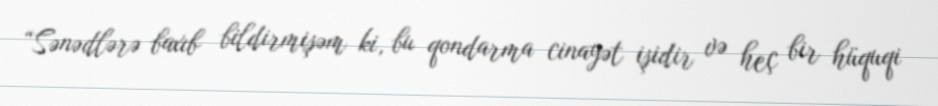
“Sənədlərə baxıb bildirmişəm ki, bu qondarma cinayət işidir və heç bir hüquqi